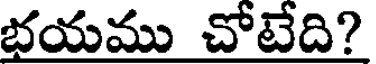
భయము చోటేది?